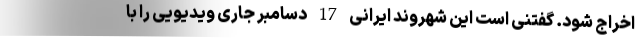
اخراج شود. گفتنی است این شهروند ایرانی 17 دسامبر جاری ویدیویی را با